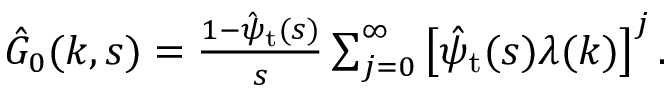
\begin{array} { r } { \hat { G } _ { 0 } ( k , s ) = \frac { 1 - \hat { \psi } _ { \mathrm { t } } ( s ) } { s } \sum _ { j = 0 } ^ { \infty } \left[ \hat { \psi } _ { \mathrm { t } } ( s ) \lambda ( k ) \right] ^ { j } . } \end{array}